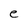
Character: e